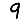
Digit: 9